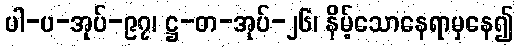
ပါ-ပ-အုပ်-၉၇၊ ဋ္ဌ-တ-အုပ်-၂၆၊ နိမ့်သောနေရာမှနေ၍